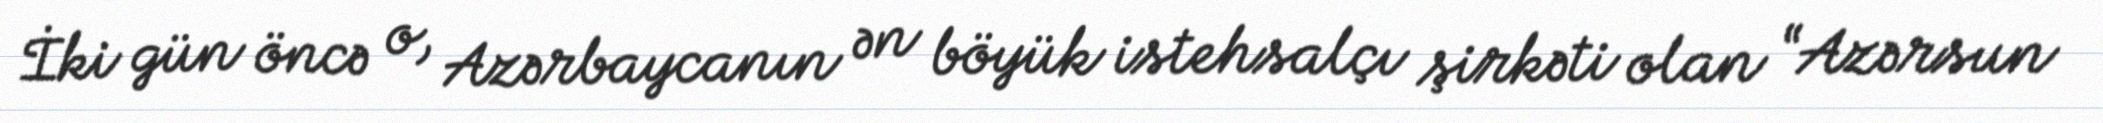
İki gün öncə o, Azərbaycanın ən böyük istehsalçı şirkəti olan “Azərsun